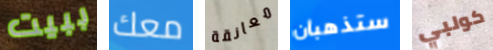
ببيت معك معانقة ستذهبان كولبي